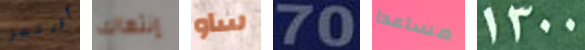
أورتيز إنتهاك ساو 70 مساعدا 1300